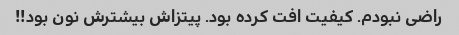
راضی نبودم. کیفیت افت کرده بود. پیتزاش بیشترش نون بود!!